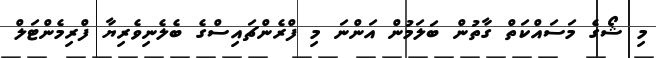
މި ޝޯގެ މަސައްކަތް ގާތުން ބަލަމުން އަންނަ މި ފްރެންޗައިސްގެ ބެލެނިވެރިޔާ ފްރިމެންޓަލް